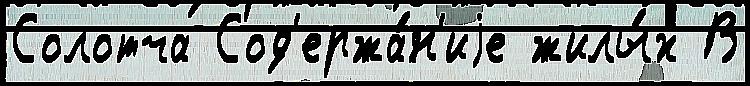
Солотча Сод'ержа́н'иjе жилы́х В